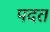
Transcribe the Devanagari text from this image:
पदत